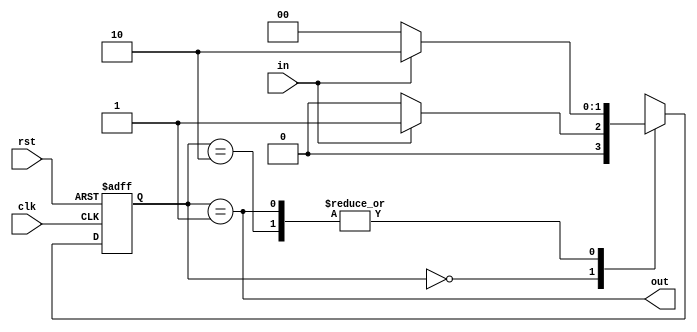
`timescale 1ns / 1ps
//////////////////////////////////////////////////////////////////////////////////
// Company: 
// Engineer: 
// 
// Design Name: 
// Module Name:    risingdge 
// Project Name: 
// Target Devices: 
// Tool versions: 
// Description: 
//
// Dependencies: 
//
// Revision: 
// Revision 0.01 - File Created
// Additional Comments: 
//
//////////////////////////////////////////////////////////////////////////////////
module risingdge(
    input clk,
    input rst,
    input in,
    output out
    );

 
	 reg [1:0] state, nextstate;
	 
	 parameter [1:0] Zero = 2'b00, Edge = 2'b01, One=2'b10  ;
	 
	 always @ (*)
		case (state)
			Zero: if(in) nextstate = Edge;
				else nextstate = Zero;
			Edge: if (in) nextstate = One;
				else nextstate = Zero;
		   One:   if(in) nextstate= One;
              else nextstate= Zero;			
			default:
				nextstate = 2'bx;
		endcase
		
	always @ (posedge clk or posedge rst)
		begin
			if (rst) state <=Zero;
			else state <= nextstate;
		end
		
	assign out = (state == Edge);
	
endmodule